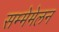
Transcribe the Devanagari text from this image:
सम्मेमेलन